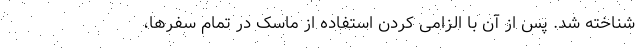
شناخته شد. پس از آن با الزامی کردن استفاده از ماسک در تمام سفرها،